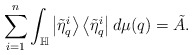
\begin{align*}\sum_{i=1}^{n}\int_{\mathbb{H}}\left|\tilde{\eta}_{q}^{i}\right\rangle\left\langle \tilde{\eta}_{q}^{i}\right|d\mu(q)=\tilde{A}. \end{align*}